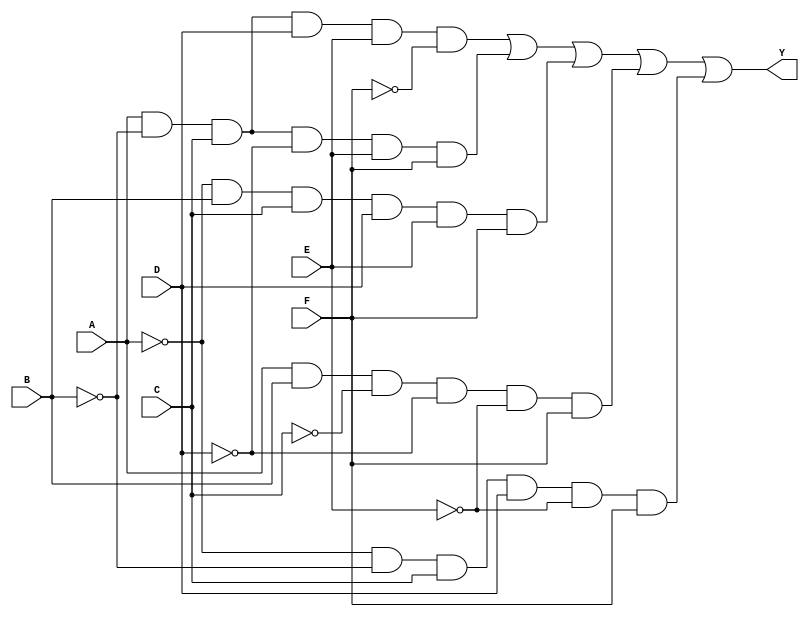
module six_variable_kmap (
    input wire A,   // Input variable A
    input wire B,   // Input variable B
    input wire C,   // Input variable C
    input wire D,   // Input variable D
    input wire E,   // Input variable E
    input wire F,   // Input variable F
    output wire Y   // Output of the minimized function
);

// Example logic based on hypothetical groupings from the K-map.
// Replace with the actual minimized output derived from your K-map.

assign Y = (A & ~B & C & D & E & ~F) |  // Group 1
           (A & ~B & C & ~D & E & F) |  // Group 2
           (~A & B & C & D & E & F) |   // Group 3
           (A & B & ~C & ~D & ~E & F) |  // Group 4
           (~A & ~B & C & D & ~E & F);   // Group 5

// Add more product terms as per your K-map groups.

endmodule